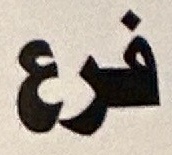
فرع